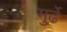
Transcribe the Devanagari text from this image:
मुर्ढे